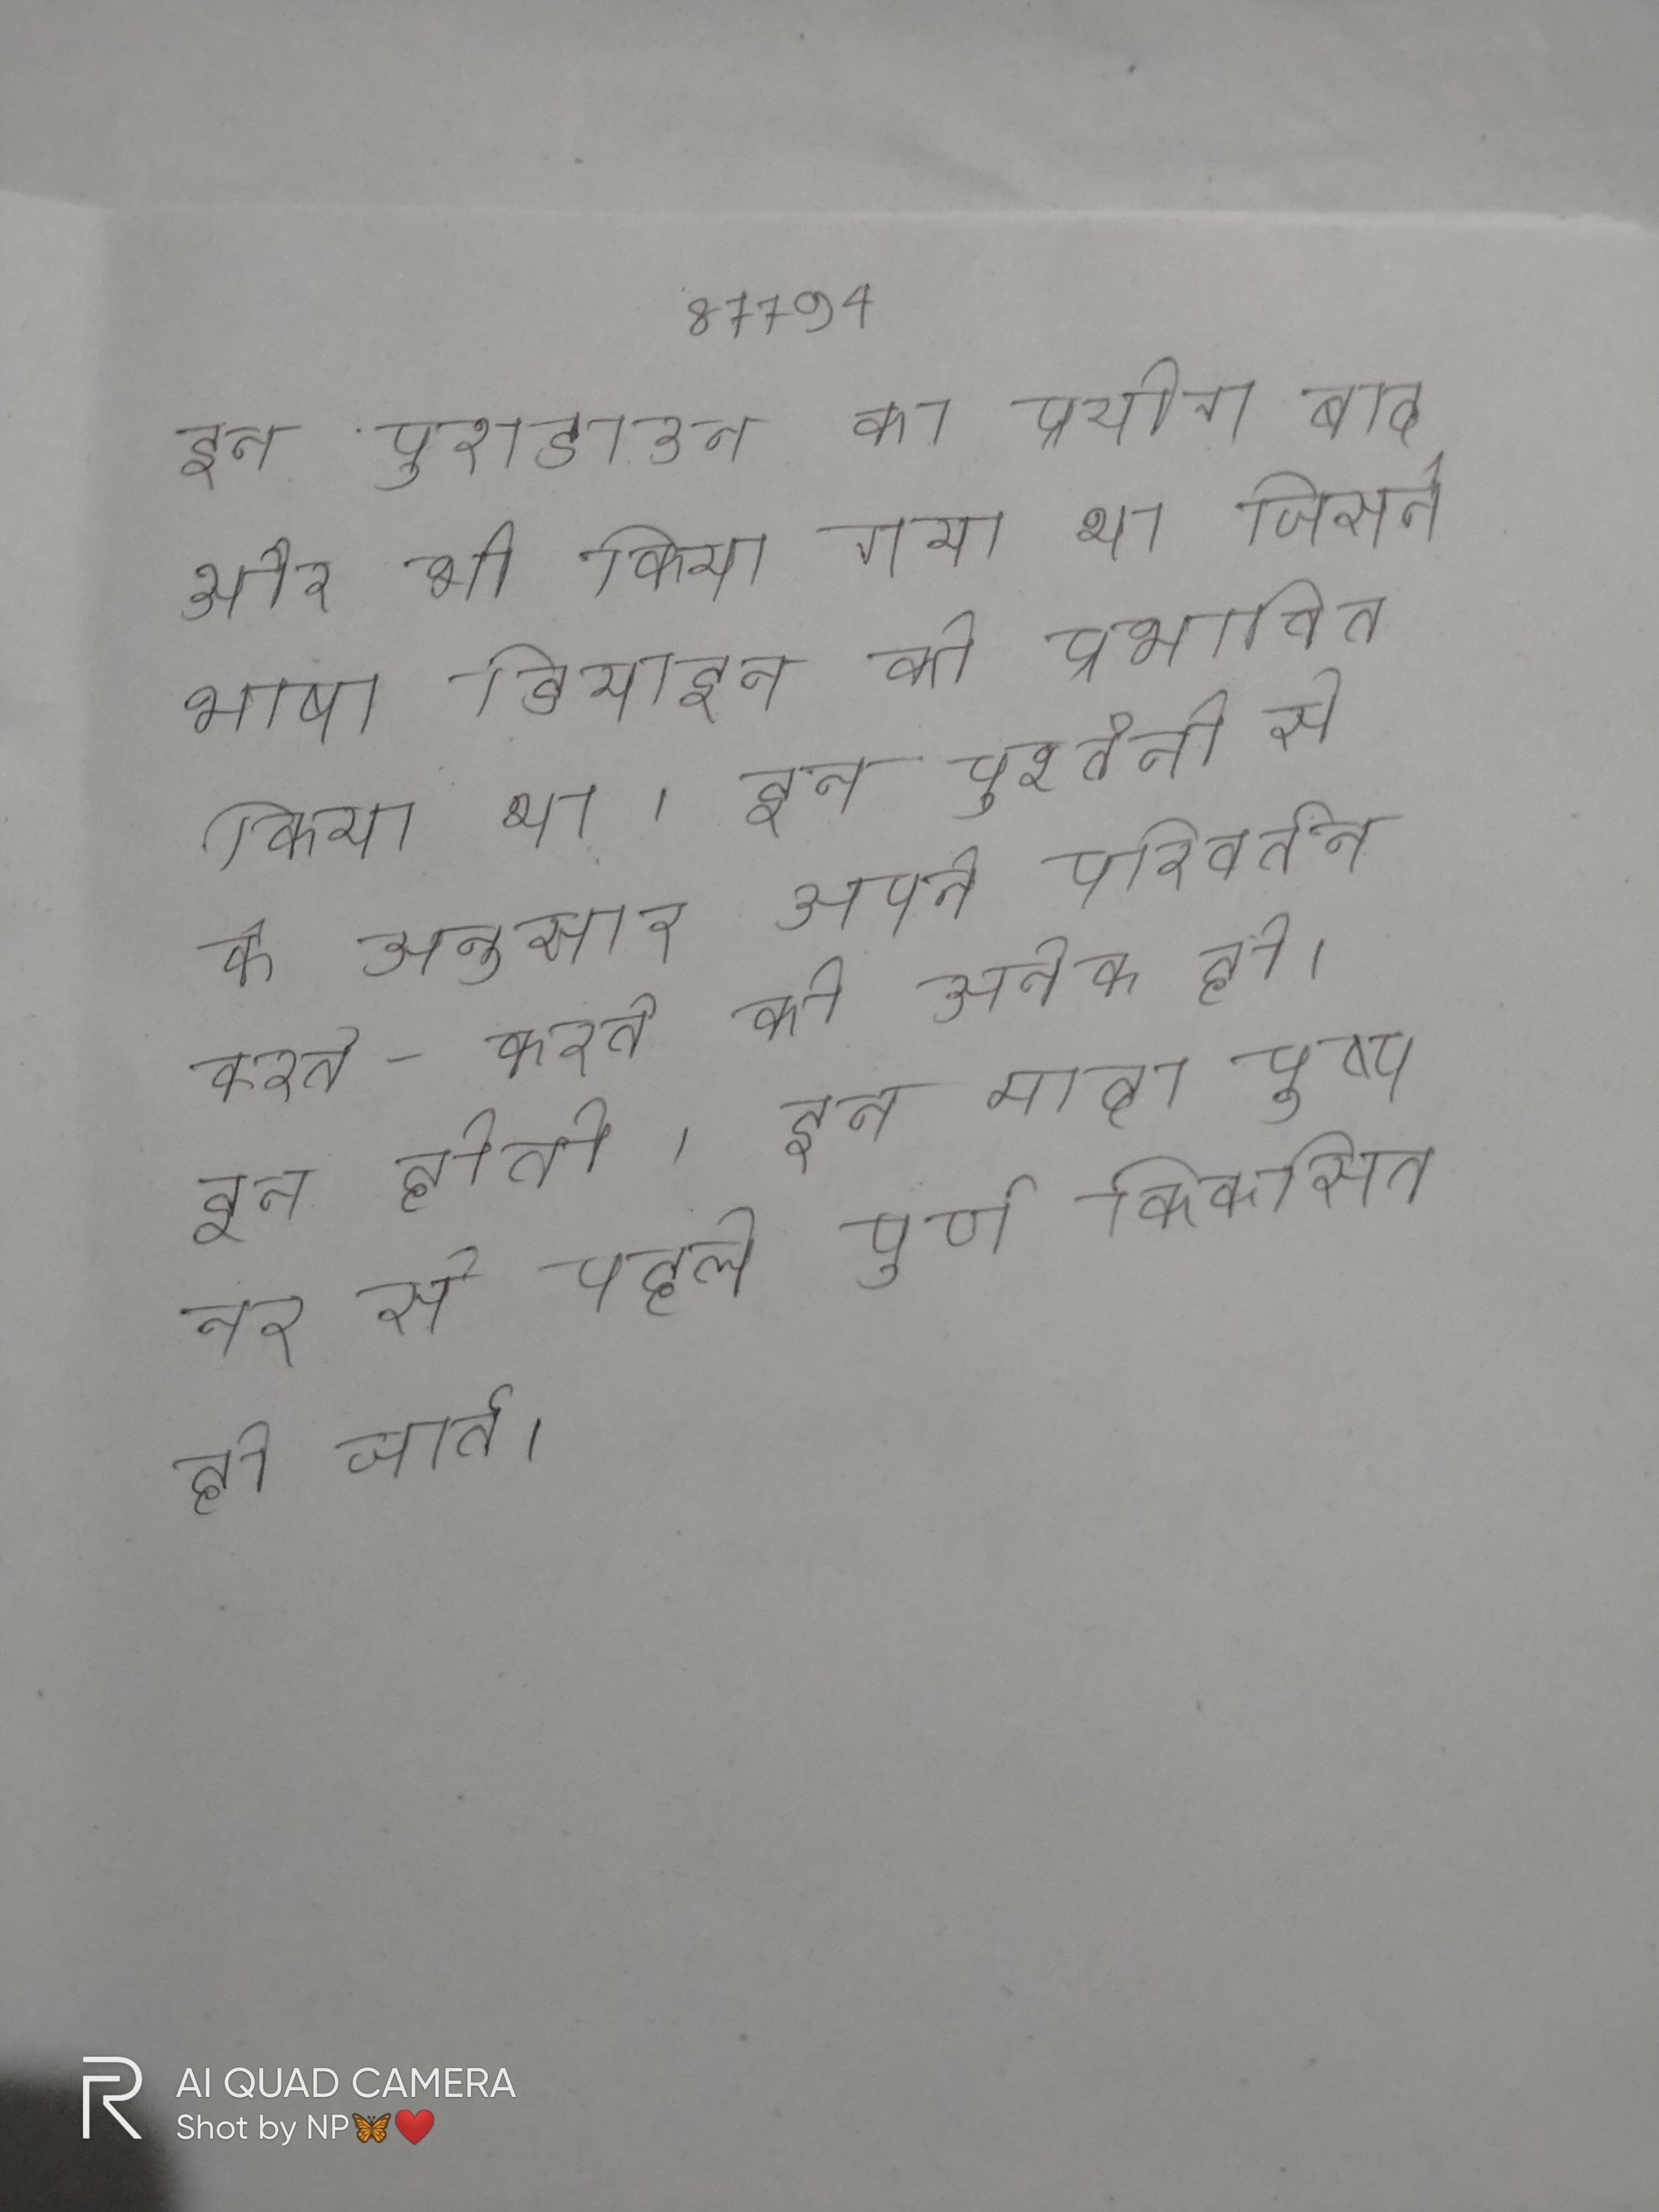
इन पुशडाउन का प्रयोग बाद और भी किया गया था जिसने भाषा डिजाइन को प्रभावित किया था । इन पुश्तैनी से के अनुसार अपने परिवर्तन करते-करते की अनेक हो । इन होती । इन मादा पुष्प नर से पहले पूर्ण विकसित हो जाते ।